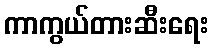
ကာကွယ်တားဆီးရေး